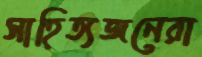
সাহিত্যজনেরা